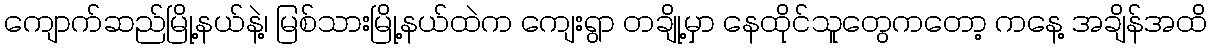
ကျောက်ဆည်မြို့နယ်နဲ့၊ မြစ်သားမြို့နယ်ထဲက ကျေးရွာ တချို့မှာ နေထိုင်သူတွေကတော့ ကနေ့ အချိန်အထိ